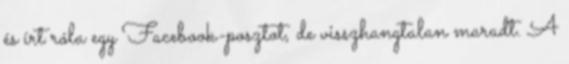
és írt róla egy Facebook-posztot, de visszhangtalan maradt. A